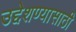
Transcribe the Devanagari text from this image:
उद्देशण्यासाठी